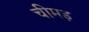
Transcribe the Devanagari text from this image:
चीमड़